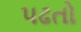
પઢતો